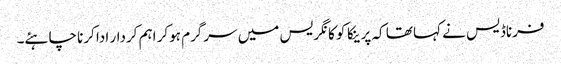
فرناڈیس نے کہا تھا کہ پرینکا کو کانگریس میں سرگرم ہوکر اہم کردار ادا کرنا چاہئے۔